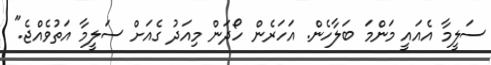
ސަލީމާ އެއައީ މަންމަ ބަލާހެން. އަހަރެން ހޯދަން މިއަދު ގެއަށް ސަލީމާ އަތުވެއްޖެ."